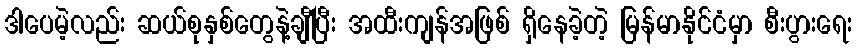
ဒါပေမဲ့လည်း ဆယ်စုနှစ်တွေနဲ့ချီပြီး အထီးကျန်အဖြစ် ရှိနေခဲ့တဲ့ မြန်မာနိုင်ငံမှာ စီးပွားရေး